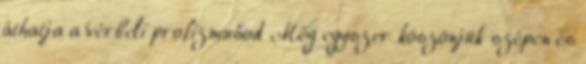
áthatja a vérbeli profizmusod Még egyszer köszönjük szépen és